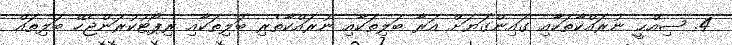
4. ޞިއްޙީ ނުރައްކާތަކާއި ގައިންގަޔަށް އަރާ ބަލިތަކާއި ނުރައްކާތެރި ބަލިތަކާއި ރިޕޯޓުކުރަންޖެހޭ ބަލިތައް